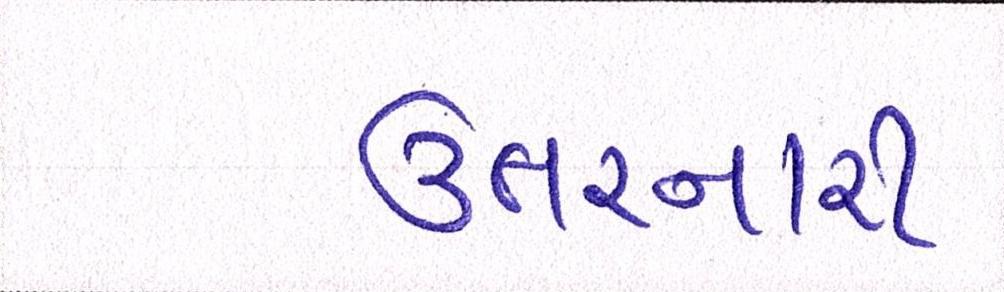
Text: ઊતરનારી